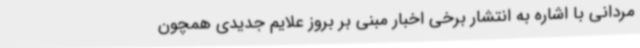
مردانی با اشاره به انتشار برخی اخبار مبنی بر بروز علایم جدیدی همچون